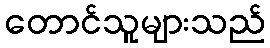
တောင်သူများသည်